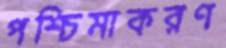
পশ্চিমাকরণ